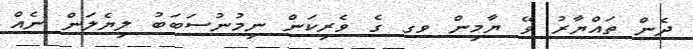
ދެން ތައްޔާރު ވޭ ޔާމިން ވގ ގެ ވެރިކަން ނިމުނުސަބަބު ލިޔެލަން ނެއް